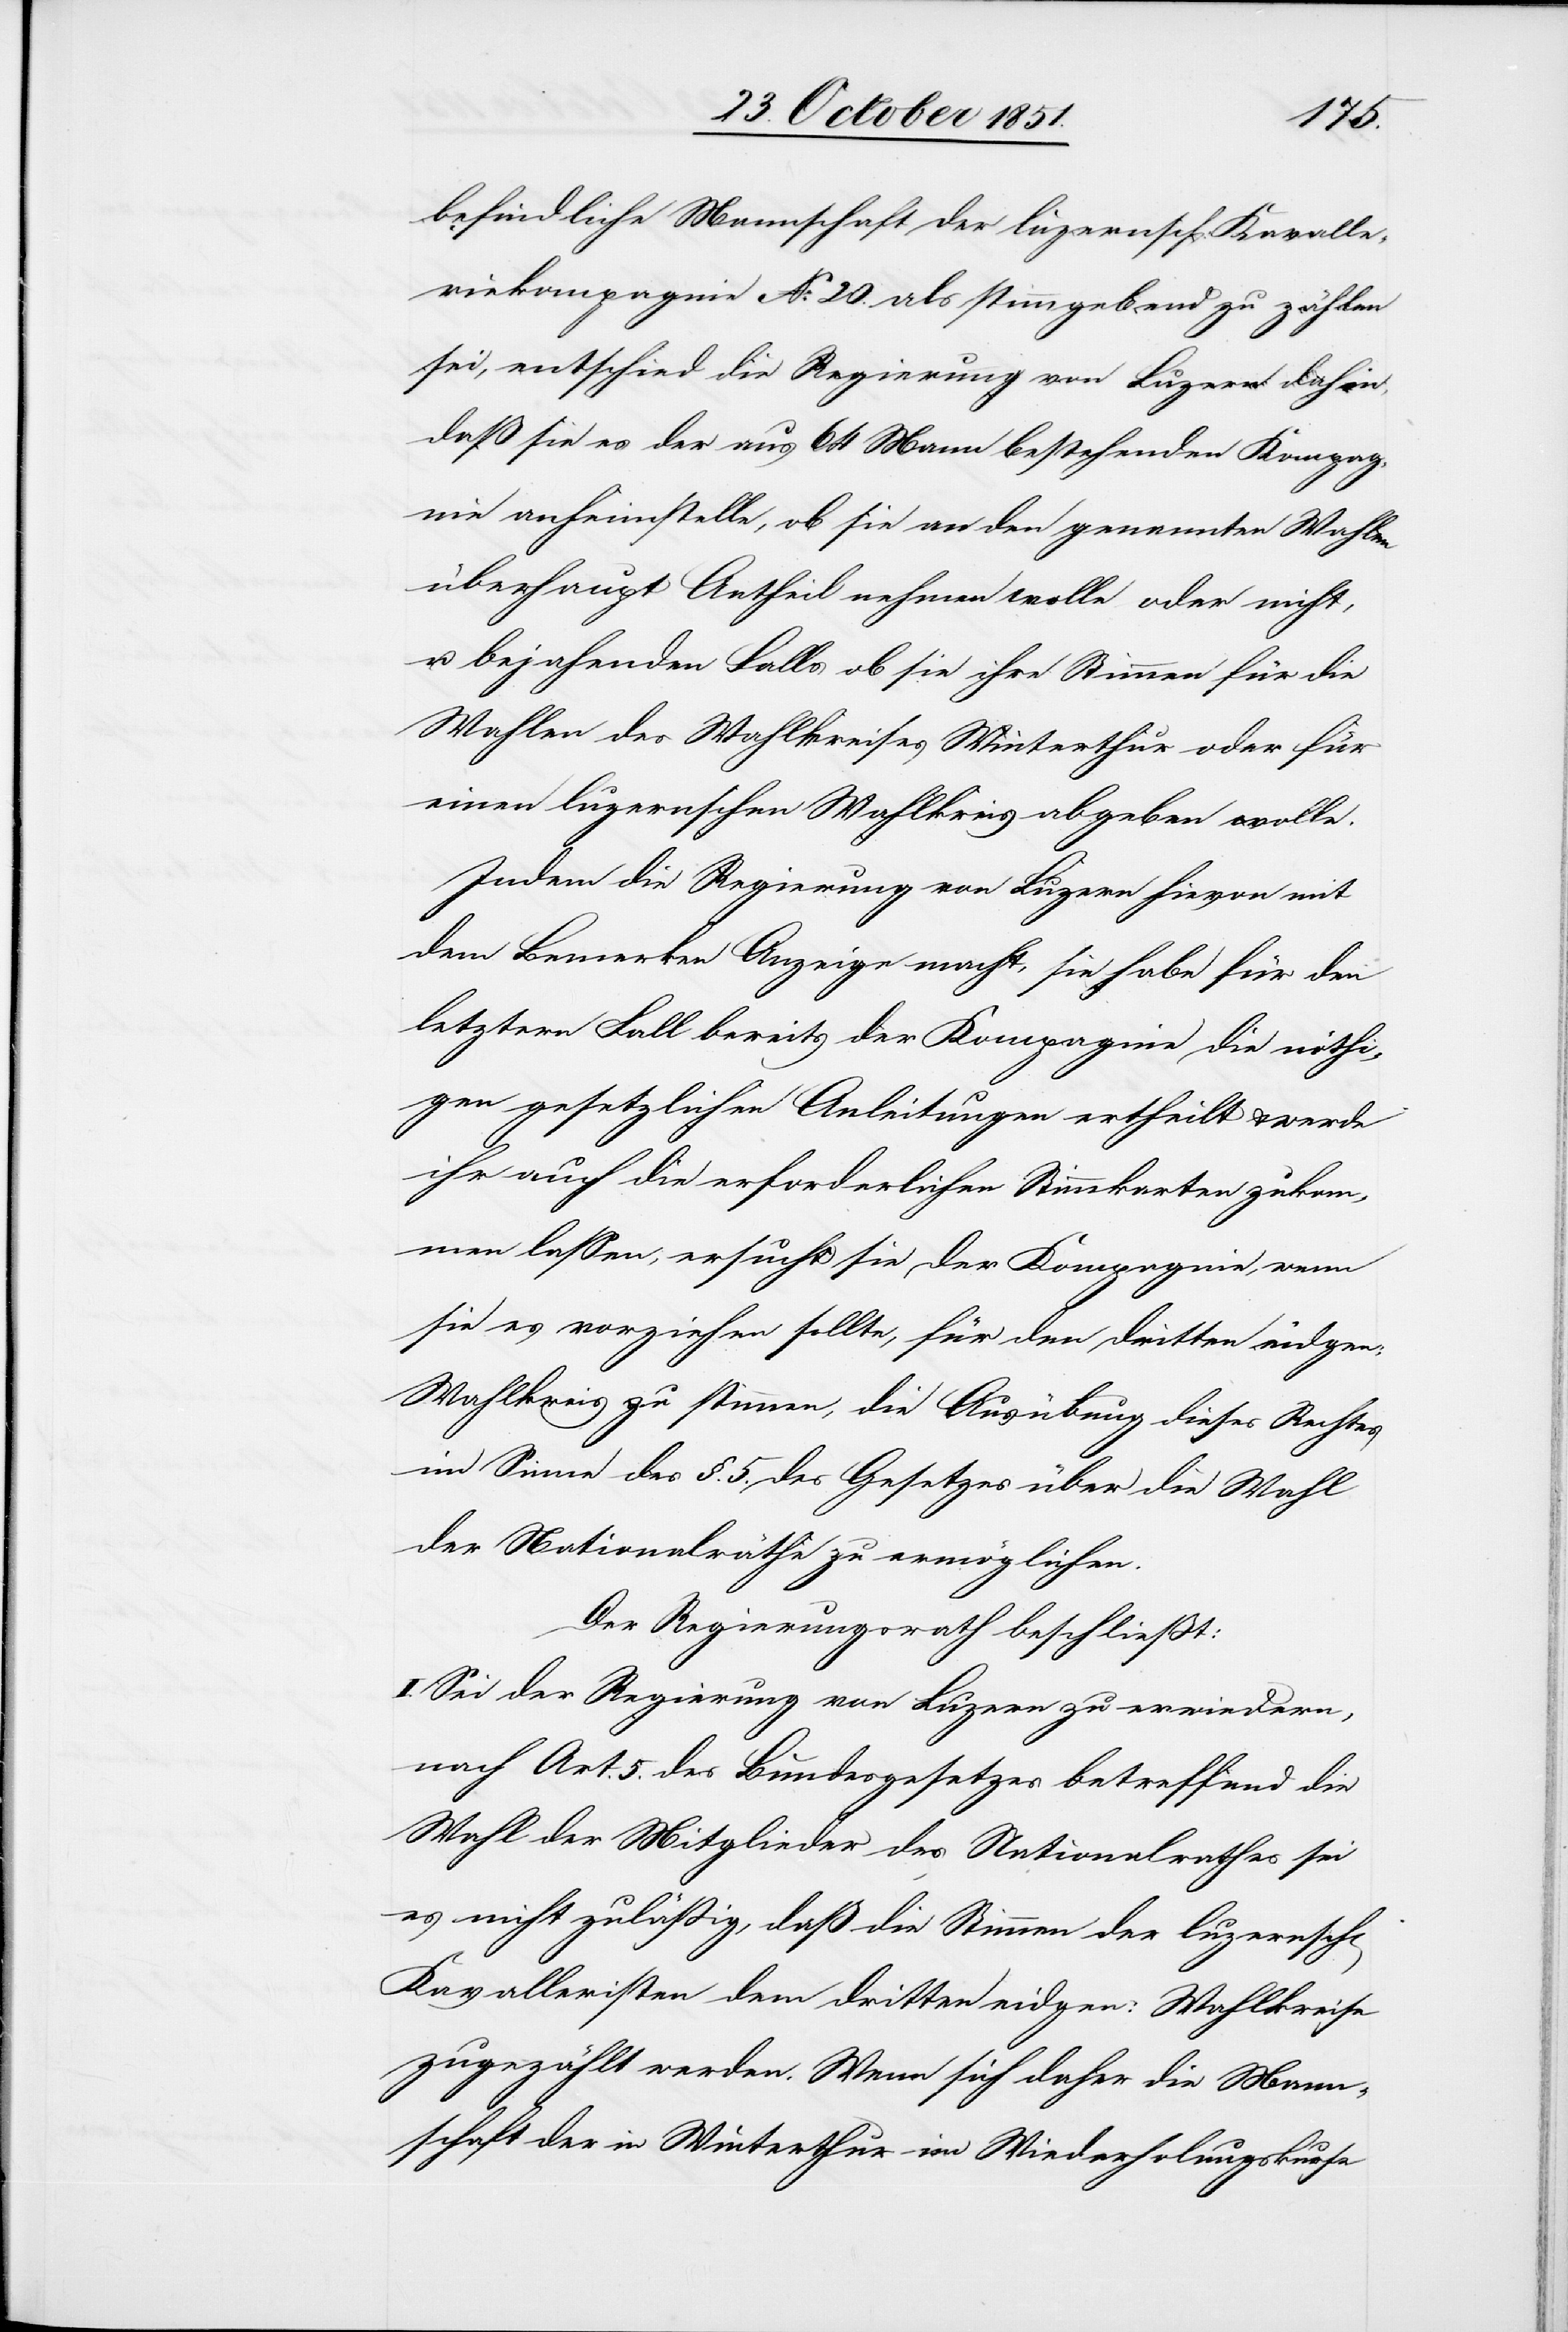
befindliche Mannschaft der luzernsch: Kavalle¬
riekompagnie No. 20. als stimmgebend zu zählen
sei, entschied die Regierung von Luzern dahin,
daß sie es der aus 64 Mann bestehenden Kompag¬
nie anheimstelle, ob sie an den genannten Wahlen
überhaupt Antheil nehmen wolle oder nicht,
u. bejahenden Falls ob sie ihre Stimmen für die
Wahlen des Wahlkreises Winterthur oder für
einen luzernschen Wahlkreis abgeben wolle.
Indem die Regierung von Luzern hievon mit
dem Bemerken Anzeige macht, sie habe für den
letztern Fall bereits der Kompagnie die nöthi¬
gen gesetzlichen Anleitungen ertheilt & werde
ihr auch die erforderlichen Stimmkarten zukom¬
men lassen, ersucht sie der Kompagnie, wenn
sie es vorziehen sollte, für den dritten eidgen:
Wahlkreis zu stimmen, die Ausübung dieses Rechtes
im Sinne des §. 5. des Gesetzes über die Wahl
der Nationalräthe zu ermöglichen.
Der Regierungsrath beschließt:
I. Sei der Regierung von Luzern zu erwiedern,
nach Art. 5. des Bundesgesetzes betreffend die
Wahl der Mitglieder des Nationalrathes sei
es nicht zuläßig, daß die Stimmen der luzernsch[en]
Kavalleristen dem dritten eidgen: Wahlkreise
zugezählt werden. Wenn sich daher die Mann¬
schaft der in Winterthur im Wiederholungskurse